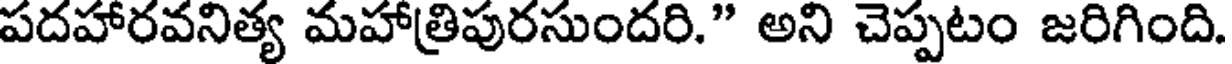
పదహారవనిత్య మహాత్రిపురసుందరి." అని చెప్పటం జరిగింది.